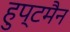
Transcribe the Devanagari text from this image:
हुप्टमैन